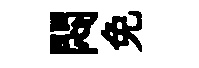
悶免